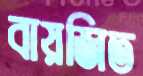
বায়জিত